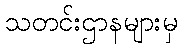
သတင်းဌာနများမှ